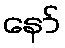
နော်